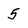
Character: 5